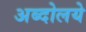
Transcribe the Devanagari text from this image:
अब्दोलये